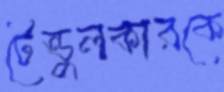
টেন্ডুলকারকে